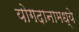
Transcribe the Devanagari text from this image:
योगदानामध्ये